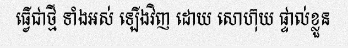
ធ្វើជាថ្មី ទាំងអស់ ឡើងវិញ ដោយ សោហ៊ុយ ផ្ទាល់ខ្លួន